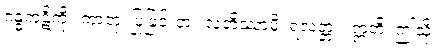
ဂန္ဓကုဋိကို။ ကာတုံ၊ ပြုခြင်းငှာ။ လဘိဿာမိ၊ ရလတ္တံ့။ ဣတိ၊ ဤသို့။